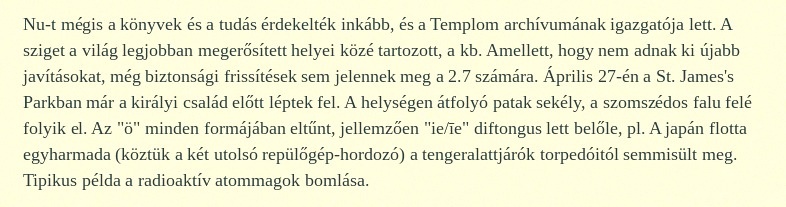
Nu-t mégis a könyvek és a tudás érdekelték inkább, és a Templom archívumának igazgatója lett. A sziget a világ legjobban megerősített helyei közé tartozott, a kb. Amellett, hogy nem adnak ki újabb javításokat, még biztonsági frissítések sem jelennek meg a 2.7 számára. Április 27-én a St. James's Parkban már a királyi család előtt léptek fel. A helységen átfolyó patak sekély, a szomszédos falu felé folyik el. Az "ö" minden formájában eltűnt, jellemzően "ie/īe" diftongus lett belőle, pl. A japán flotta egyharmada (köztük a két utolsó repülőgép-hordozó) a tengeralattjárók torpedóitól semmisült meg. Tipikus példa a radioaktív atommagok bomlása.